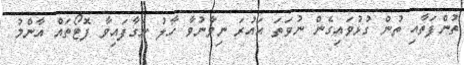
ތުންފަތާއި ތުން ގުޅުވައިގެން ނުވަތަ އައުރަ ނިވާނުވާ ހާލު ނަގާފައިވާ ފޮޓޯތައް އާންމު